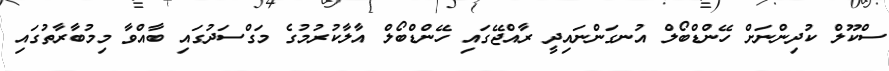
ސްކޫލް ކުދިންނަށް ހޭންޑްބޯލް އުނގަންނައިދީ ރާއްޖޭގައި ހޭންޑްބޯލް އާލާކުރުމުގެ މަގްސަދުގައި ބާއްވާ މިމުބާރާތުގައި